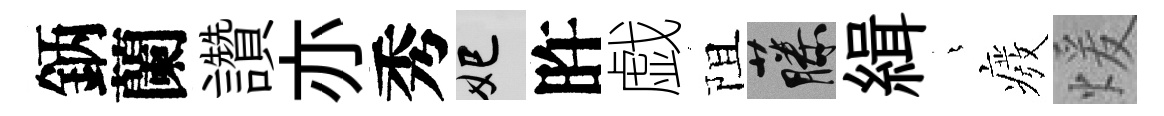
鈵蘭讚亦秀妃旿戯阻藤緝燁癈煖